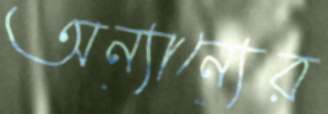
অন্যান্যের